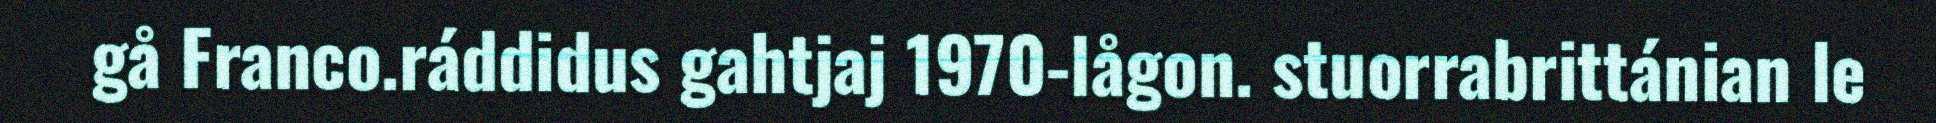
gå Franco.ráddidus gahtjaj 1970-lågon. stuorrabrittánian le